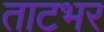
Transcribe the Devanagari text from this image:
ताटभर